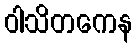
ဝါသိတကေန